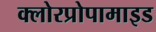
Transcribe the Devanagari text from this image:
क्लोरप्रोपामाइड